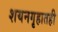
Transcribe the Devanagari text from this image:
शयनगृहातही